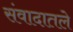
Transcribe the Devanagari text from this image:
संवादातले